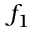
f _ { 1 }